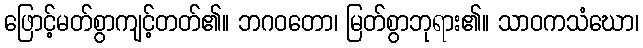
ဖြောင့်မတ်စွာကျင့်တတ်၏။ ဘဂဝတော၊ မြတ်စွာဘုရား၏။ သာဝကသံဃော၊